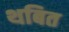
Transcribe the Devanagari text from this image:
थबित